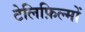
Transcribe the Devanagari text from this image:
टेलिफ़िल्मों